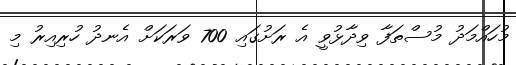
މުހައްމަދު މުސްތަފާ ވިދާޅުވީ އެ ރަށުގައި 700 ވަރަކަށް އެނދު ހުރިއިރު މި